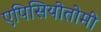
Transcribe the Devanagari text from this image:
एपिसियोतोमी